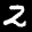
Label: 2